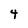
Character: 4